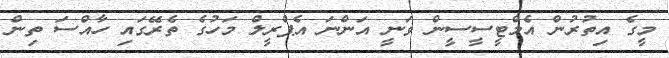
މީގެ އިތުރުން އެމްޓީސީސީން ވަނީ އަންނަ އެޕްރީލް މަހުގެ ތެރޭގައި ހާއްސަ ތިން